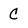
Character: c